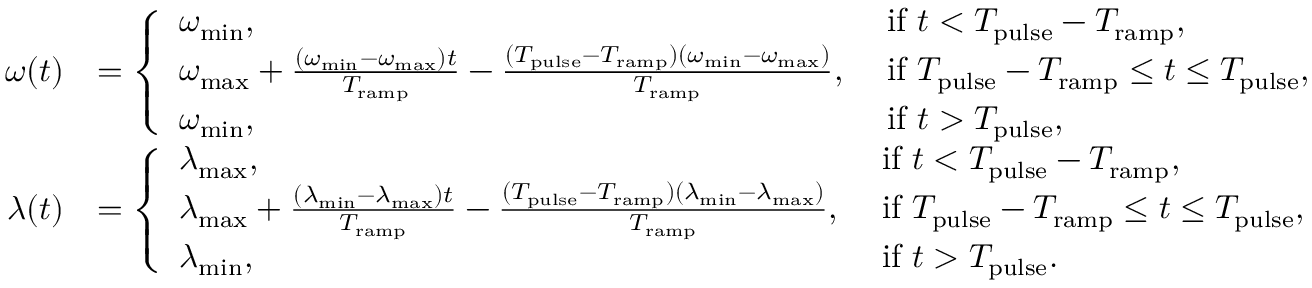
\begin{array} { r l } { \omega ( t ) } & { = \left\{ \begin{array} { l l } { \omega _ { \mathrm { m i n } } , \ } & { \mathrm { i f } \ t < T _ { \mathrm { p u l s e } } - T _ { \mathrm { r a m p } } , } \\ { \omega _ { \mathrm { m a x } } + \frac { ( \omega _ { \mathrm { m i n } } - \omega _ { \mathrm { m a x } } ) t } { T _ { \mathrm { r a m p } } } - \frac { ( T _ { \mathrm { p u l s e } } - T _ { \mathrm { r a m p } } ) ( \omega _ { \mathrm { m i n } } - \omega _ { \mathrm { m a x } } ) } { T _ { \mathrm { r a m p } } } , \ } & { \mathrm { i f } \ T _ { \mathrm { p u l s e } } - T _ { \mathrm { r a m p } } \leq t \leq T _ { \mathrm { p u l s e } } , } \\ { \omega _ { \mathrm { m i n } } , \ } & { \mathrm { i f } \ t > T _ { \mathrm { p u l s e } } , } \end{array} \right. } \\ { \lambda ( t ) } & { = \left\{ \begin{array} { l l } { \lambda _ { \mathrm { m a x } } , \ } & { \mathrm { i f } \ t < T _ { \mathrm { p u l s e } } - T _ { \mathrm { r a m p } } , } \\ { \lambda _ { \mathrm { m a x } } + \frac { ( \lambda _ { \mathrm { m i n } } - \lambda _ { \mathrm { m a x } } ) t } { T _ { \mathrm { r a m p } } } - \frac { ( T _ { \mathrm { p u l s e } } - T _ { \mathrm { r a m p } } ) ( \lambda _ { \mathrm { m i n } } - \lambda _ { \mathrm { m a x } } ) } { T _ { \mathrm { r a m p } } } , \ } & { \mathrm { i f } \ T _ { \mathrm { p u l s e } } - T _ { \mathrm { r a m p } } \leq t \leq T _ { \mathrm { p u l s e } } , } \\ { \lambda _ { \mathrm { m i n } } , \ } & { \mathrm { i f } \ t > T _ { \mathrm { p u l s e } } . } \end{array} \right. } \end{array}